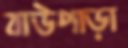
বাউপাড়া